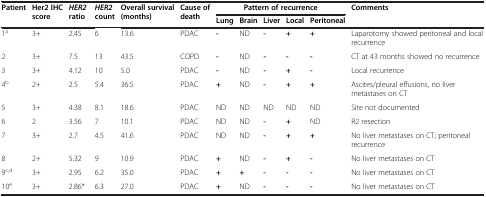
<table><thead><tr><td><b>Patient</b></td><td><b>Her2 IHC score</b></td><td><b><i>HER2 </i>ratio</b></td><td><b><i>HER2 </i>count</b></td><td><b>Overall survival (months)</b></td><td><b>Cause of death</b></td><td colspan="5"><b>Pattern of recurrence</b></td><td><b>Comments</b></td></tr><tr><td><b> </b></td><td><b> </b></td><td><b> </b></td><td><b> </b></td><td><b> </b></td><td><b> </b></td><td><b>Lung</b></td><td><b>Brain</b></td><td><b>Liver</b></td><td><b>Local</b></td><td><b>Peritoneal</b></td><td><b> </b></td></tr></thead><tbody><tr><td>1<sup>a</sup></td><td>3+</td><td>2.45</td><td>6</td><td>13.6</td><td>PDAC</td><td><b>-</b></td><td>ND</td><td><b>-</b></td><td><b>+</b></td><td><b>+</b></td><td>Laparotomy showed peritoneal and local recurrence</td></tr><tr><td>2</td><td>3+</td><td>7.5</td><td>13</td><td>43.5</td><td>COPD</td><td><b>-</b></td><td>ND</td><td><b>-</b></td><td><b>-</b></td><td><b>-</b></td><td>CT at 43 months showed no recurrence</td></tr><tr><td>3</td><td>3+</td><td>4.12</td><td>10</td><td>5.0</td><td>PDAC</td><td><b>-</b></td><td>ND</td><td><b>-</b></td><td><b>+</b></td><td><b>-</b></td><td>Local recurrence</td></tr><tr><td>4<sup>b</sup></td><td>2+</td><td>2.5</td><td>5.4</td><td>36.5</td><td>PDAC</td><td><b>+</b></td><td>ND</td><td><b>-</b></td><td><b>+</b></td><td><b>+</b></td><td>Ascites/pleural effusions, no liver metastases on CT</td></tr><tr><td>5</td><td>3+</td><td>4.38</td><td>8.1</td><td>18.6</td><td>PDAC</td><td>ND</td><td>ND</td><td>ND</td><td>ND</td><td>ND</td><td>Site not documented</td></tr><tr><td>6</td><td>2</td><td>3.56</td><td>7</td><td>10.1</td><td>PDAC</td><td>ND</td><td>ND</td><td><b>-</b></td><td><b>+</b></td><td>ND</td><td>R2 resection</td></tr><tr><td>7</td><td>3+</td><td>2.7</td><td>4.5</td><td>41.6</td><td>PDAC</td><td>ND</td><td>ND</td><td><b>-</b></td><td><b>+</b></td><td><b>+</b></td><td>No liver metastases on CT; peritoneal recurrence</td></tr><tr><td>8</td><td>2+</td><td>5.32</td><td>9</td><td>10.9</td><td>PDAC</td><td><b>+</b></td><td>ND</td><td><b>-</b></td><td><b>+</b></td><td><b>-</b></td><td>No liver metastases on CT</td></tr><tr><td>9<sup>c,d</sup></td><td>3+</td><td>2.95</td><td>6.2</td><td>35.0</td><td>PDAC</td><td><b>+</b></td><td><b>+</b></td><td><b>-</b></td><td><b>-</b></td><td><b>-</b></td><td>No liver metastases on CT</td></tr><tr><td>10<sup>e</sup></td><td>3+</td><td>2.86*</td><td>6.3</td><td>27.0</td><td>PDAC</td><td><b>+</b></td><td>ND</td><td><b>-</b></td><td><b>-</b></td><td><b>-</b></td><td>No liver metastases on CT</td></tr></tbody></table>